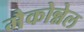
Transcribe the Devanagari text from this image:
मैकोन्नेल